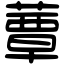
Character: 蕈